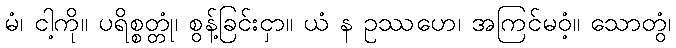
မံ၊ ငါ့ကို။ ပရိစ္စတ္တုံ၊ စွန့်ခြင်းငှာ။ ယံ န ဥဿဟေ၊ အကြင်မဝံ့။ သောတွံ၊